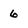
Character: 6